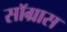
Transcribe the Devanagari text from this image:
सॉग्रास